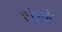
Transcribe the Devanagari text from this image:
बंचुके